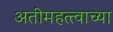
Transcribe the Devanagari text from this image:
अतीमहत्त्वाच्या